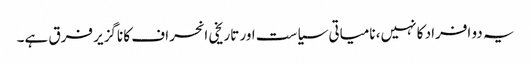
یہ دو افراد کا نہیں، نامیاتی سیاست اور تاریخی انحراف کا ناگزیر فرق ہے۔